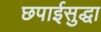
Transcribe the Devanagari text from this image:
छपाईसुद्धा